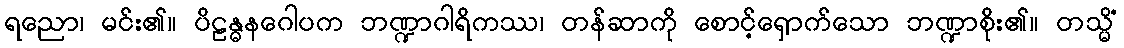
ရညော၊ မင်း၏။ ပိဠန္ဓနဂေါပက ဘဏ္ဍာဂါရိကဿ၊ တန်ဆာကို စောင့်ရှောက်သော ဘဏ္ဍာစိုး၏။ တသ္မိံ